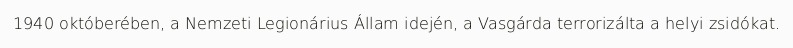
1940 októberében, a Nemzeti Legionárius Állam idején, a Vasgárda terrorizálta a helyi zsidókat.